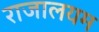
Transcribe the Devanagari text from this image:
राजालयम